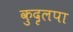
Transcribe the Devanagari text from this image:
कुदृलपा